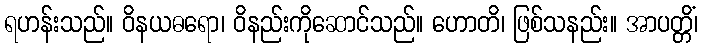
ရဟန်းသည်။ ဝိနယဓရော၊ ဝိနည်းကိုဆောင်သည်။ ဟောတိ၊ ဖြစ်သနည်း။ အာပတ္တိံ၊